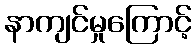
နာကျင်မှုကြောင့်